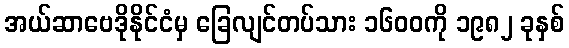
အယ်ဆာဗေဒိုနိုင်ငံမှ ခြေလျင်တပ်သား ၁၆၀၀ကို ၁၉၈၂ ခုနှစ်